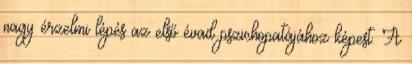
nagy érzelmi lépés az első évad pszichopatájához képest. A